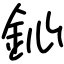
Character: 鈊